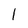
Character: 1